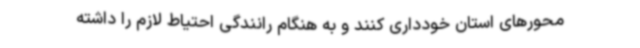
محورهای استان خودداری کنند و به هنگام رانندگی احتیاط لازم را داشته